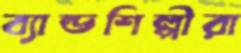
ব্যান্ডশিল্পীরা